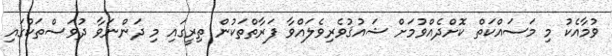
ވުމާއެކު މި މަސައްކަތް ކޮށްދެއްވުމަށް ޝައުޤުވެރިވެލައްވާ ފަރާތްތަކުން ތިރީގައި މި ދަންނަވާ ދުވަސްތަކުގައި